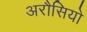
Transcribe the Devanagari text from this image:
अरौसियो